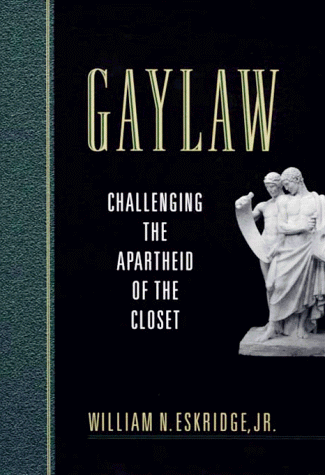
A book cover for Gaylaw: Challenging the Apartheid of the Closet; William N. Eskridge Jr.; Law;